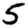
Digit: 5